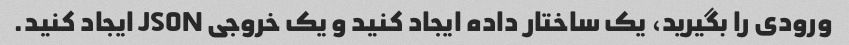
ورودی را بگیرید، یک ساختار داده ایجاد کنید و یک خروجی JSON ایجاد کنید.